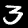
Digit: 3